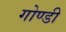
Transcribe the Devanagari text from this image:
गोण्डी